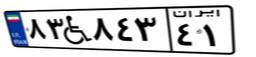
۸۳W۸۴۳۴۱